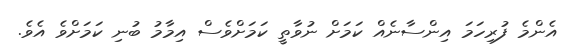
އެންމެ ފުރިހަމަ އިންސާނެއް ކަމަަށް ނުވާތީ ކަމަށްވެސް އިމާމު ބުނި ކަމަށްވެ އެވެ.